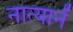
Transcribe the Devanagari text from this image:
नात्यानें